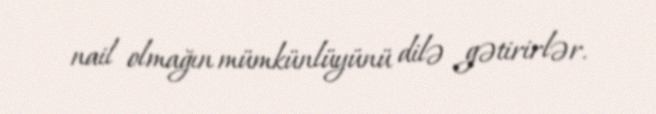
nail olmağın mümkünlüyünü dilə gətirirlər.